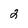
Character: 2